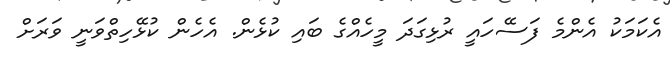
އެކަމަކު އެންމެ ފަސޭހައީ ރުޅިގަދަ މީހެއްގެ ބައި ކުޅެން. އެހެން ކުޅޭހިތްވަނީ ވަރަށް